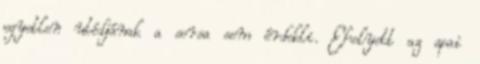
egyetlen utódjának a sorsa sem érdekli. Ehelyett az apai